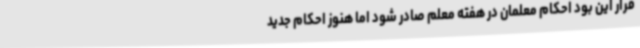
قرار این بود احکام معلمان در هفته معلم صادر شود اما هنوز احکام جدید